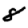
Digit: 8